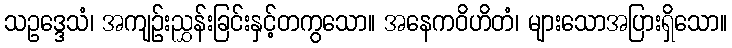
သဥဒ္ဒေသံ၊ အကျဉ်းညွှန်းခြင်းနှင့်တကွသော။ အနေကဝိဟိတံ၊ များသောအပြားရှိသော။